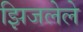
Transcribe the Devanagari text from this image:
झिजलेले